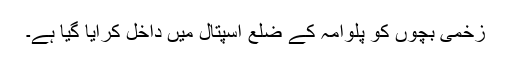
زخمی بچوں کو پلوامہ کے ضلع اسپتال میں داخل کرایا گیا ہے۔